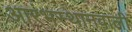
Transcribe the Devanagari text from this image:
आरंभस्थानवाली